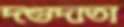
দণ্ডদাতা